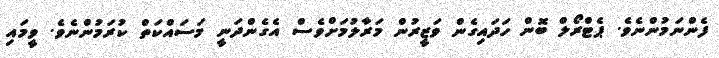
ފެންނަމުންނެވެ. ޕެޓްރޯލް ބޮން ހަދައިގެން ވަޒީރުން މަރާލުމަށްވެސް އެގެންދަނީ މަސައްކަތް ކުރަމުންނެވެ. ވީމައި